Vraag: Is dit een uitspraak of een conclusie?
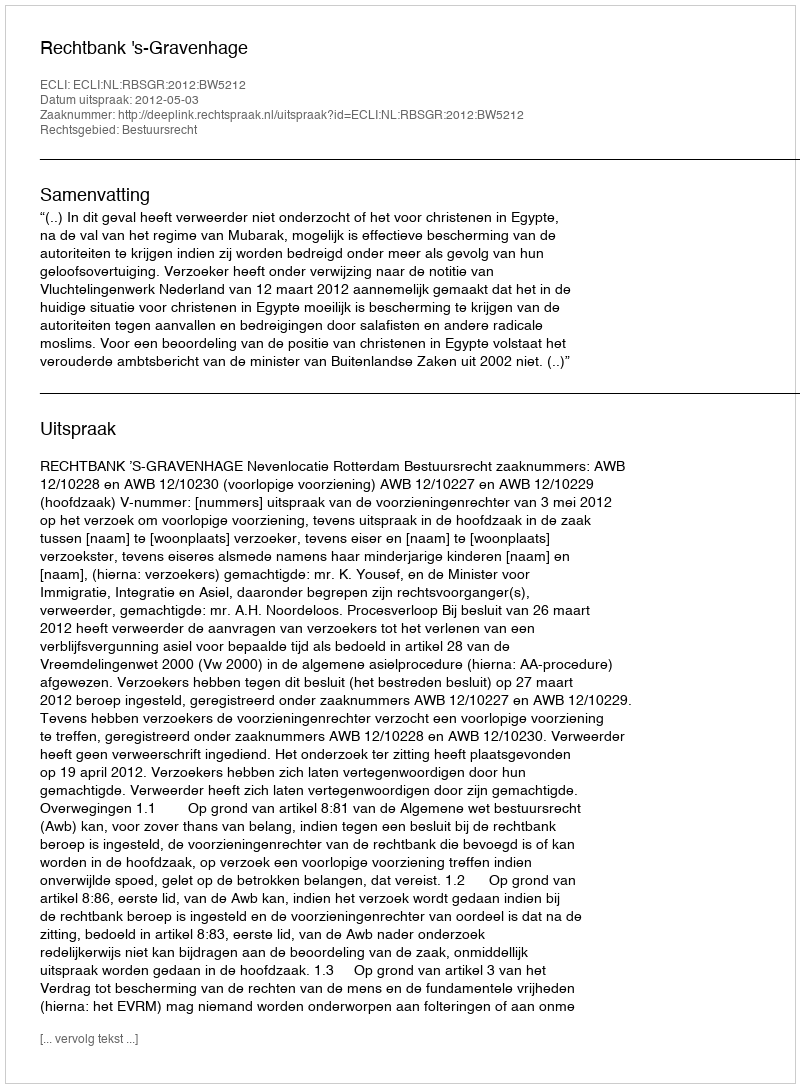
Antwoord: Uitspraak